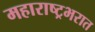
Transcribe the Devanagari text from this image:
महाराष्ट्रभरात